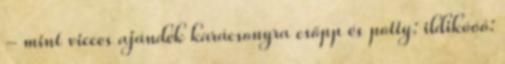
- mint vicces ajándék karácsonyra csöpp és potty: ildikóóó: